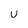
Character: U